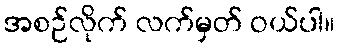
အစဉ်လိုက် လက်မှတ် ဝယ်ပါ။